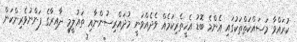
ކުރައްވާ މަސައްކަތްތަކުގައި އެންމެ ބޮޑު އެހީތެރިކަމެއް ވެދެއްވަނީ މުދައްރިސުންނާއި ތަޢުލީމީ ދާއިރާގެ ފަންނުވެރިންކަން